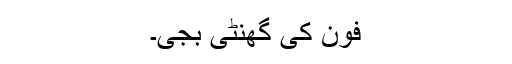
فون کی گھنٹی بجی۔